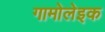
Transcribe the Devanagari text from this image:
गामोलेइक